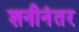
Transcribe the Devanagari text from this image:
शनीनंतर